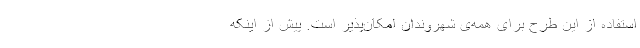
استفاده از این طرح برای همه‌ی شهروندان امکان‌پذیر است. پیش از اینکه